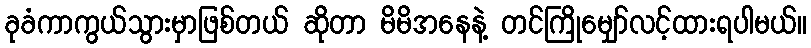
ခုခံကာကွယ်သွားမှာဖြစ်တယ် ဆိုတာ မိမိအနေနဲ့ တင်ကြိုမျှော်လင့်ထားရပါမယ်။